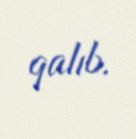
qalıb.